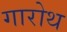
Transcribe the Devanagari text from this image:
गारोथ